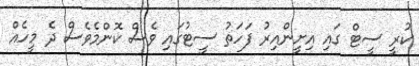
ކުރީ ސީޓް ގައި އިށީންއިރު ފަހަތު ސީޓުގައި ވެސް ކޮންމެވެސް ދެ މީހެއް